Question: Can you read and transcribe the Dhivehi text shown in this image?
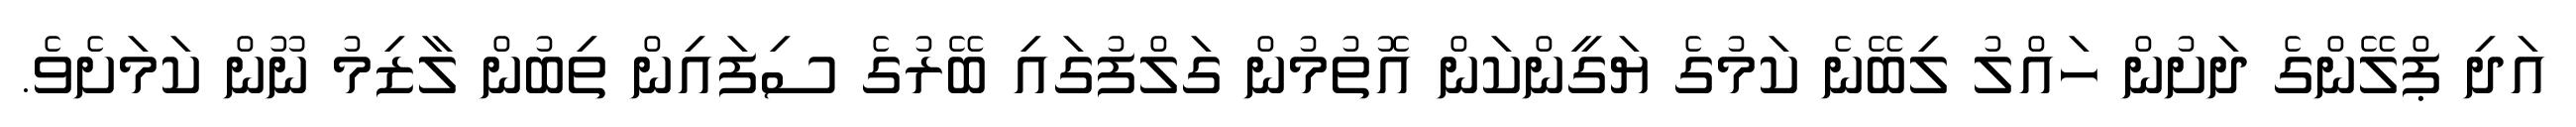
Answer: އަދި ޕްލޭންގެ ދަށުން ހައްލު ލިބޭނެ ކަމުގެ ޔަގީންކަން އޮތުމުން ގަލްފުގައި ބޭރުގެ ސިފައިން ތިބުން ލާޒިމު ނޫން ކަމަށެވެ.